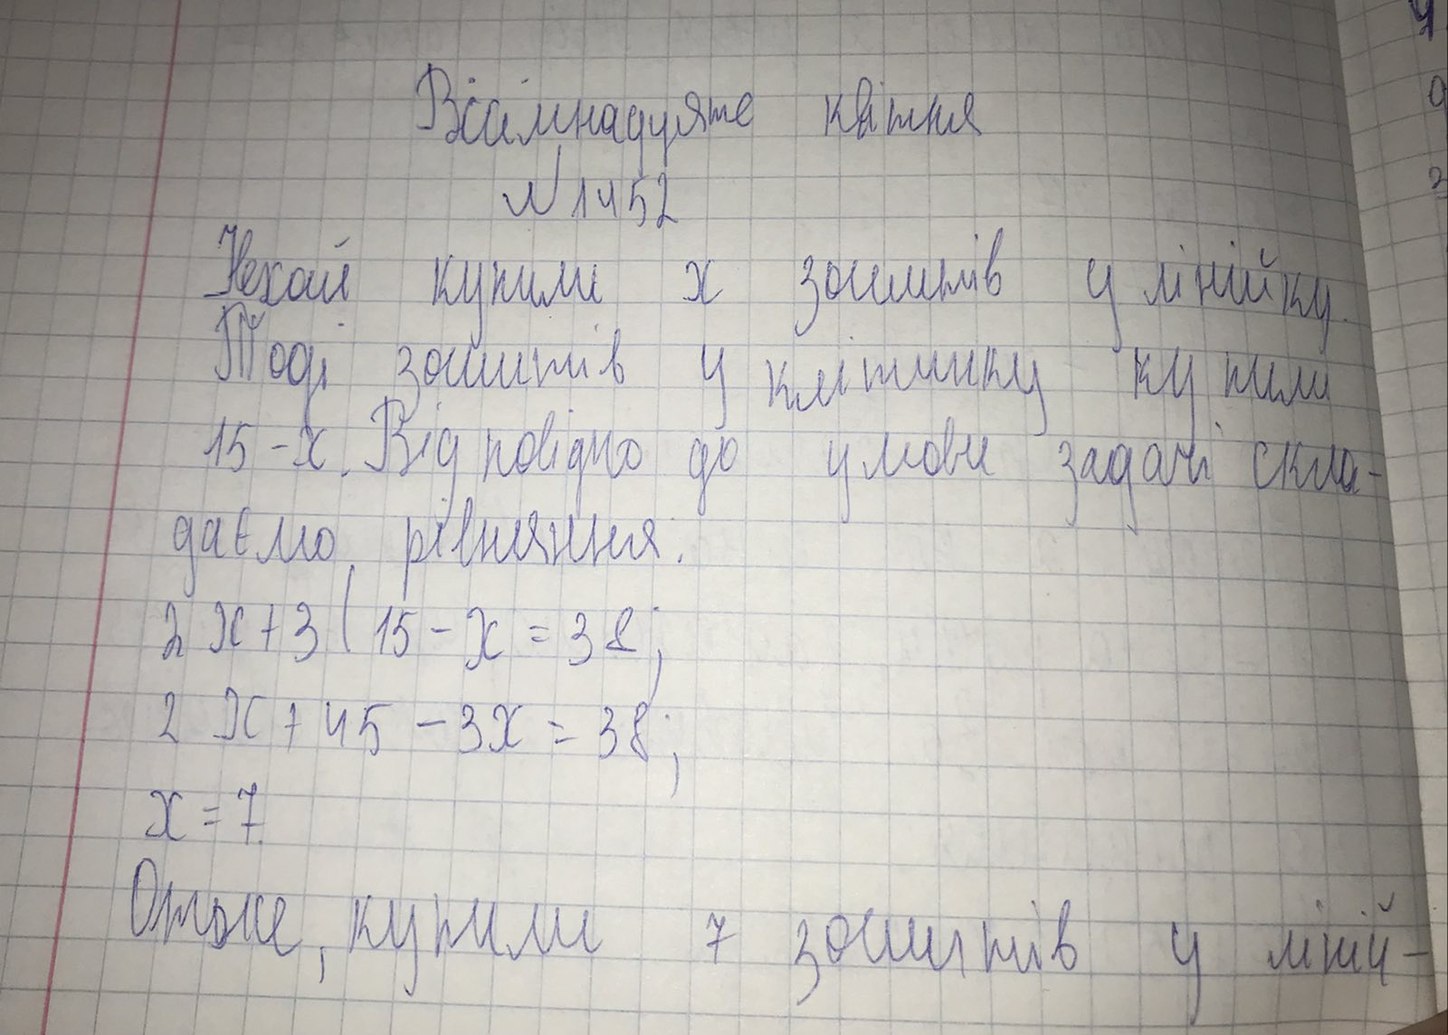
Вісімнадцяте квітня
№1452
Нехай купили x зошитів у лінійку.
Тоді зошитів у клітинку купили
15 - x. Відповідно до умови задачі скла-
даємо рівняння:
2x + 3(15 - x = 38;
2 x + 45 - 3 x = 38 ;
x = 7.
Отже, купили 7 зошитів у ліній-